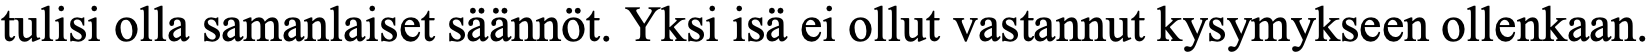
tulisi olla samanlaiset säännöt. Yksi isä ei ollut vastannut kysymykseen ollenkaan.